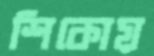
শিকোয়